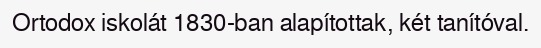
Ortodox iskolát 1830-ban alapítottak, két tanítóval.